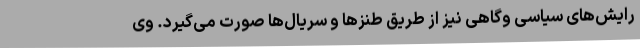
رایش‌های سیاسی وگاهی نیز از طریق طنزها و سریال‌ها صورت می‌گیرد. وی